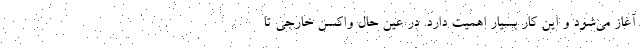
آغاز می‌شود و این کار بسیار اهمیت دارد. در عین حال واکسن خارجی تا